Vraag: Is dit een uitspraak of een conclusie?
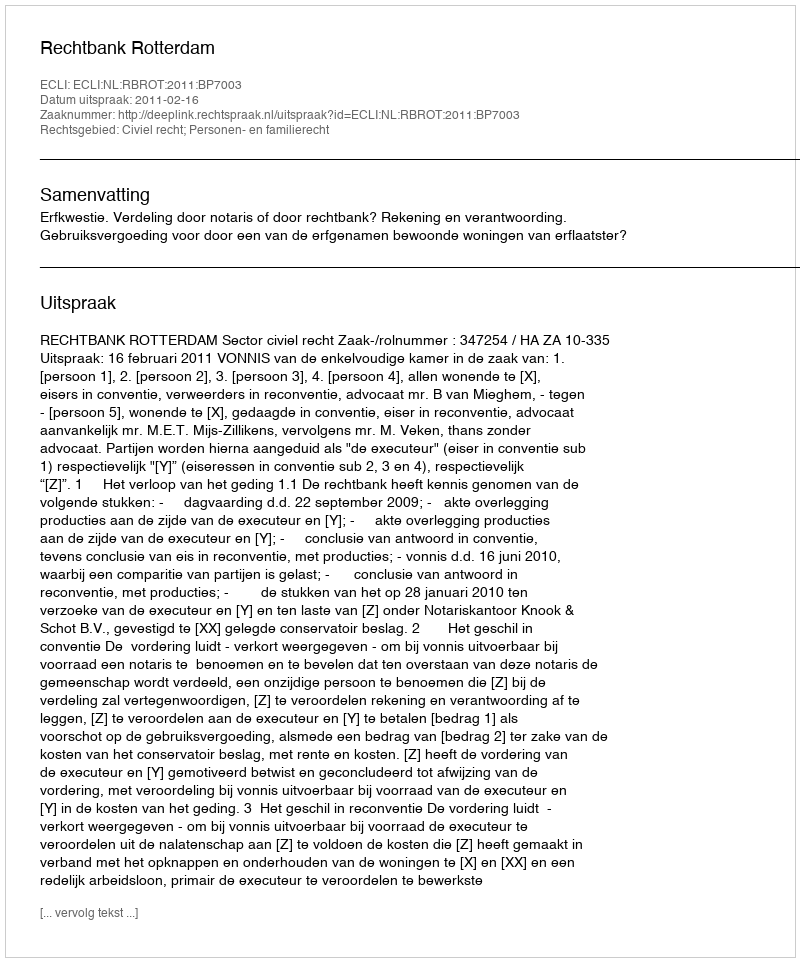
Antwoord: Uitspraak